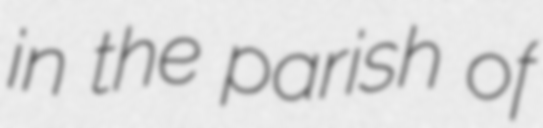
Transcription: in the parish of